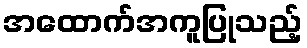
အထောက်အကူပြုသည့်